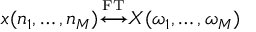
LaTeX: x ( n _ { 1 } , \ldots , n _ { M } ) { \overset { \underset { \mathrm { F T } } { } } { \longleftrightarrow } } X ( \omega _ { 1 } , \ldots , \omega _ { M } )